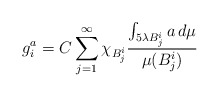
\begin{align*}g_i^a=C\sum_{j=1}^{\infty}\chi_{B_j^i}\frac{\int_{5\lambda B_j^i}a\,d\mu}{\mu(B_j^i)}\end{align*}